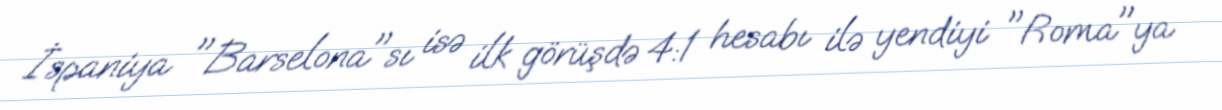
İspaniya "Barselona"sı isə ilk görüşdə 4:1 hesabı ilə yendiyi "Roma"ya